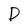
Character: D